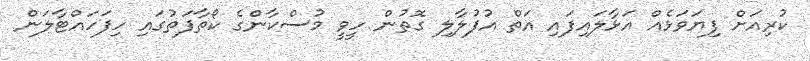
ކުރިއަށް ފިޔަވަޅެއް އަޅާލައިފައި އަތް އުފުލާލި ގޮތުން ހީވީ މުސްކާންގެ ކޯތާފަތުގައި ހިފަހައްޓާލަން